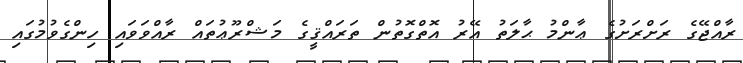
ރާއްޖޭގެ ރަށްރަށުގެ ޢާންމު ޙާލަތު އޭރު އޮތްގޮތުން ތަރައްޤީގެ މަޝްރޫޢުތައް ރާއްވަވައި ހިންގެވުމުގައި